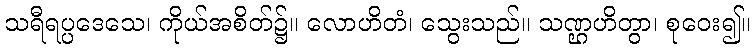
သရီရပ္ပဒေသေ၊ ကိုယ်အစိတ်၌။ လောဟိတံ၊ သွေးသည်။ သဏ္ဌဟိတွာ၊ စုဝေး၍။